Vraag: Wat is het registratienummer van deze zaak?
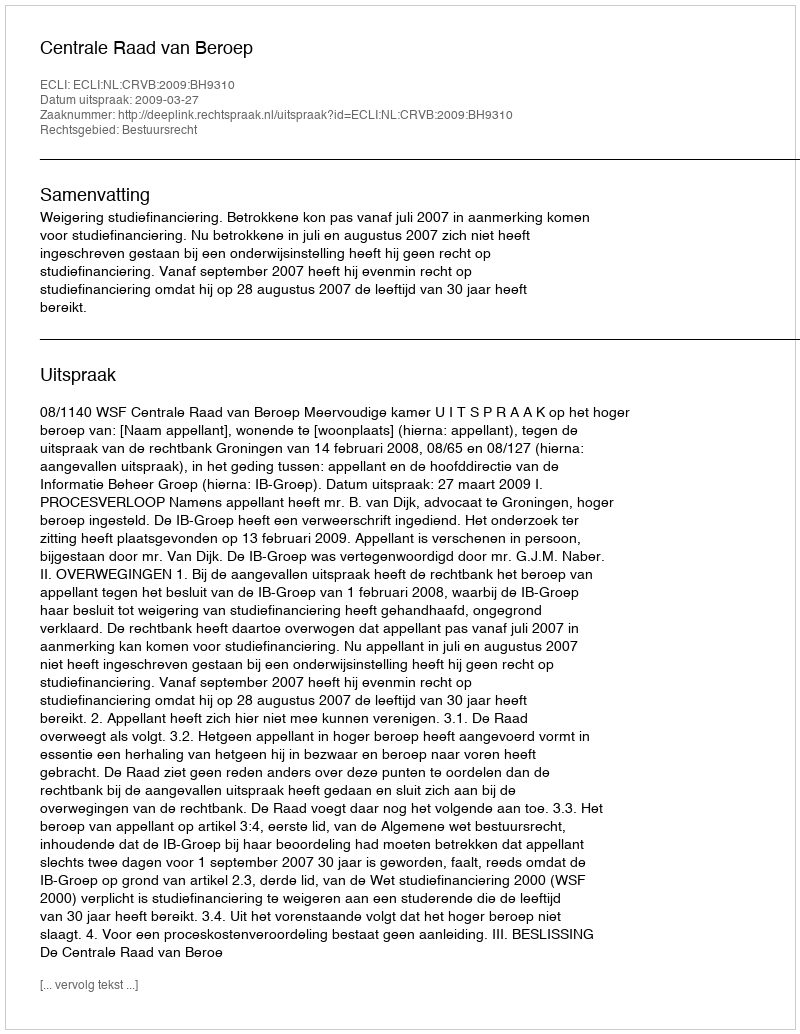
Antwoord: http://deeplink.rechtspraak.nl/uitspraak?id=ECLI:NL:CRVB:2009:BH9310